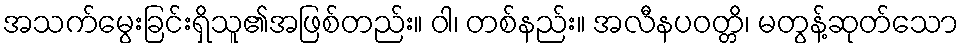
အသက်မွေးခြင်းရှိသူ၏အဖြစ်တည်း။ ဝါ၊ တစ်နည်း။ အလီနပဝတ္တိ၊ မတွန့်ဆုတ်သော